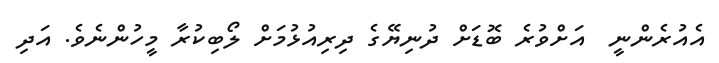
އެއުރެންނީ  އަށްވުރެ ބޮޑަށް ދުނިޔޭގެ ދިރިއުޅުމަށް ލޯބިކުރާ މީހުންނެވެ. އަދި